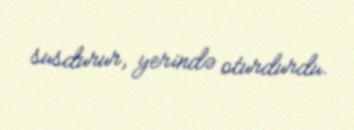
susdurur, yerində oturdurdu.